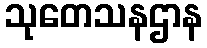
သုတေသနဌာန